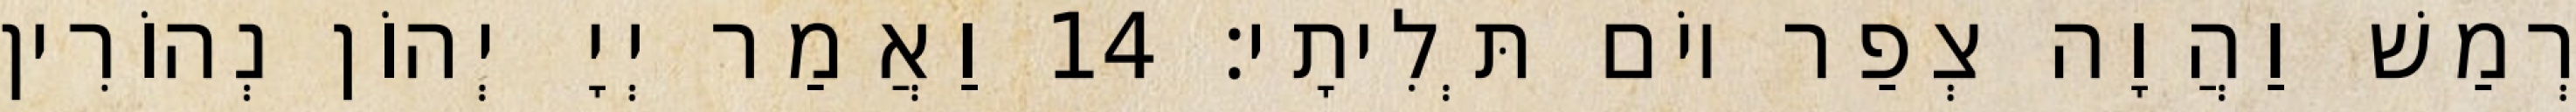
רְמַשׁ וַהֲוָה צְפַר יוֹם תְּלִיתָי׃ 14 וַאֲמַר יְיָ יְהוֹן נְהוֹרִין